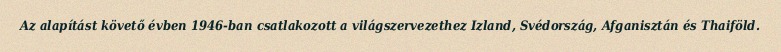
Az alapítást követő évben 1946-ban csatlakozott a világszervezethez Izland, Svédország, Afganisztán és Thaiföld.